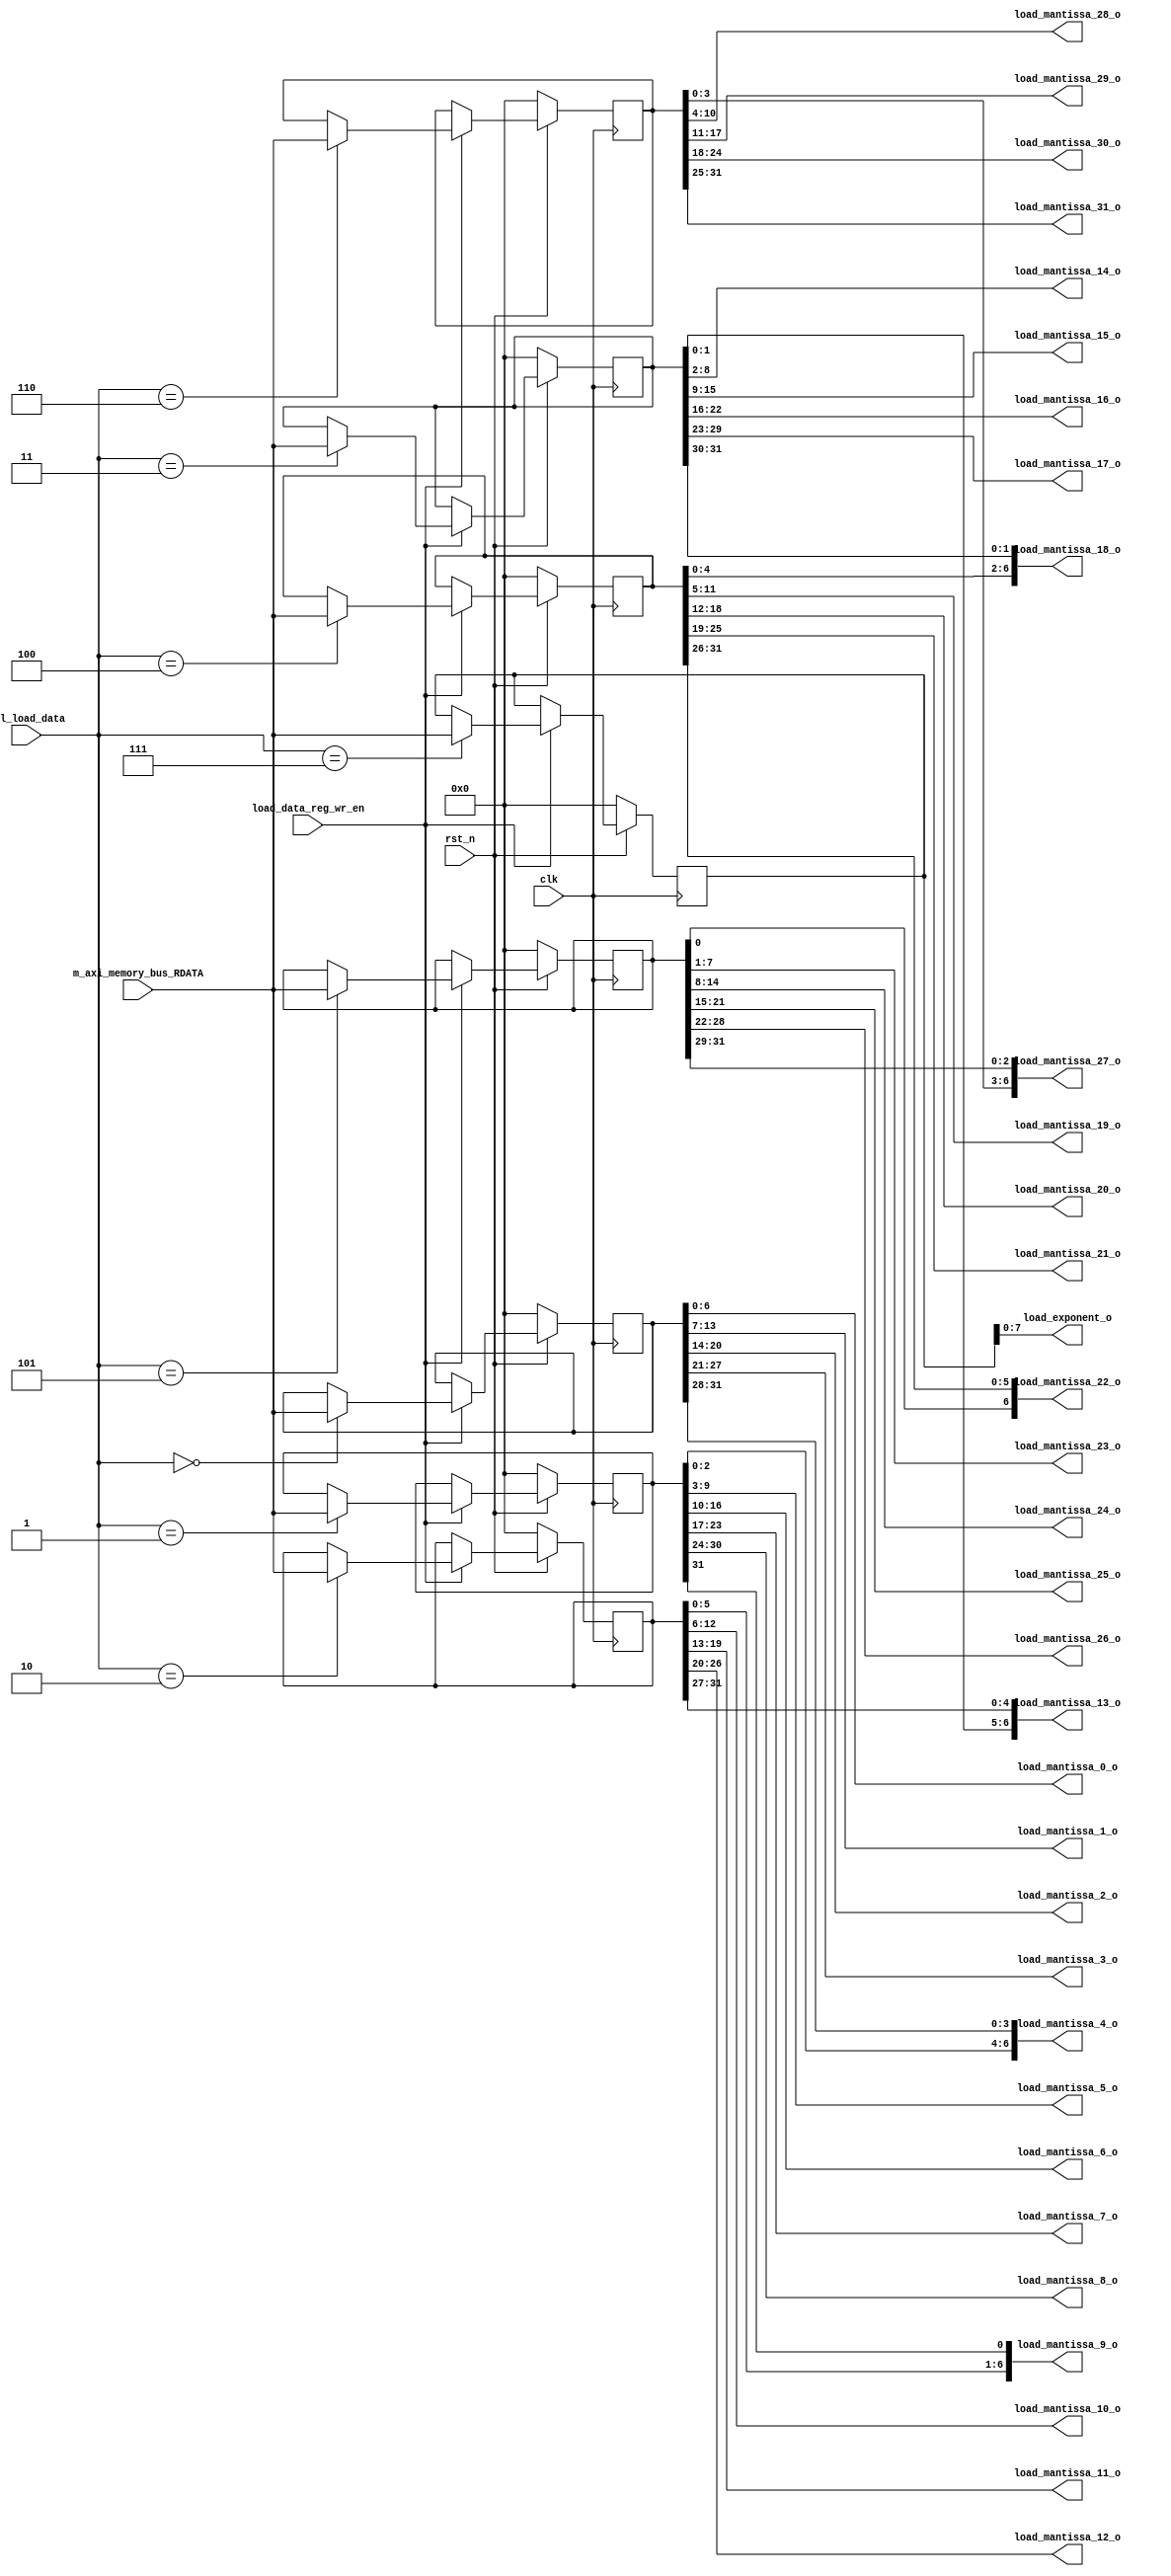
`timescale 1ns / 1ps
//////////////////////////////////////////////////////////////////////////////////
// 
// Design Name: 
// Module Name: Load
// Project Name: 
// Target Devices: 
// Tool Versions: 
// Description: 
// 
// Dependencies: 
// 
// Revision:
// Revision 0.01 - File Created
// Additional Comments:
// 
//////////////////////////////////////////////////////////////////////////////////


module Load
#(
  parameter AXI_WIDTH_USER =1,              // Master ID
  parameter AXI_WIDTH_ID   =4,              // ID width in bits
  parameter AXI_WIDTH_AD   =32,             // address width
  parameter AXI_WIDTH_DA   =32,             // data width
  parameter AXI_WIDTH_DS =(AXI_WIDTH_DA/8), // data strobe width
  parameter AXI_LITE_WIDTH_AD   =32,        // axi lite address width
  parameter AXI_LITE_WIDTH_DA   =32,        // axi lite data width
  parameter AXI_LITE_WIDTH_DS =(AXI_LITE_WIDTH_DA/8), // data strobe width
  
  parameter QUNATIZED_MANTISSA_WIDTH = 7,
  parameter EXPONENT_WIDTH = 8
  
)
(
  input  wire clk, rst_n,
  input  wire load_data_reg_wr_en,
  input  wire [2:0] sel_load_data,
  //AXI Master Read=============================================================================
  input  wire [AXI_WIDTH_DA-1:0]      m_axi_memory_bus_RDATA, //Read data.


  //Load Out==================================================================================
  output  wire [QUNATIZED_MANTISSA_WIDTH-1:0] 
               load_mantissa_0_o,  load_mantissa_1_o,  load_mantissa_2_o,  load_mantissa_3_o,
               load_mantissa_4_o,  load_mantissa_5_o,  load_mantissa_6_o,  load_mantissa_7_o,
               load_mantissa_8_o,  load_mantissa_9_o,  load_mantissa_10_o, load_mantissa_11_o,
               load_mantissa_12_o, load_mantissa_13_o, load_mantissa_14_o, load_mantissa_15_o,
               load_mantissa_16_o, load_mantissa_17_o, load_mantissa_18_o, load_mantissa_19_o,
               load_mantissa_20_o, load_mantissa_21_o, load_mantissa_22_o, load_mantissa_23_o,
               load_mantissa_24_o, load_mantissa_25_o, load_mantissa_26_o, load_mantissa_27_o,
               load_mantissa_28_o, load_mantissa_29_o, load_mantissa_30_o, load_mantissa_31_o,
  output  wire [EXPONENT_WIDTH-1:0] load_exponent_o
);

  reg [31:0] axi_activation_brodcaster [7:0];

  always @(posedge clk)
  begin
    if(rst_n==1'b0)
    begin
      axi_activation_brodcaster[0] <= 'd0;
      axi_activation_brodcaster[1] <= 'd0;
      axi_activation_brodcaster[2] <= 'd0;
      axi_activation_brodcaster[3] <= 'd0;
      axi_activation_brodcaster[4] <= 'd0;
      axi_activation_brodcaster[5] <= 'd0;
      axi_activation_brodcaster[6] <= 'd0;
      axi_activation_brodcaster[7] <= 'd0;
    end
    else
    begin
      if(load_data_reg_wr_en)
        case(sel_load_data)
          3'b000 : axi_activation_brodcaster[0] <= m_axi_memory_bus_RDATA;
          3'b001 : axi_activation_brodcaster[1] <= m_axi_memory_bus_RDATA;
          3'b010 : axi_activation_brodcaster[2] <= m_axi_memory_bus_RDATA;
          3'b011 : axi_activation_brodcaster[3] <= m_axi_memory_bus_RDATA;
          3'b100 : axi_activation_brodcaster[4] <= m_axi_memory_bus_RDATA;
          3'b101 : axi_activation_brodcaster[5] <= m_axi_memory_bus_RDATA;
          3'b110 : axi_activation_brodcaster[6] <= m_axi_memory_bus_RDATA;
          3'b111 : axi_activation_brodcaster[7] <= m_axi_memory_bus_RDATA;
        endcase
    end
  end


  assign{load_mantissa_31_o, load_mantissa_30_o, load_mantissa_29_o, load_mantissa_28_o,
        load_mantissa_27_o, load_mantissa_26_o, load_mantissa_25_o, load_mantissa_24_o,
        load_mantissa_23_o, load_mantissa_22_o, load_mantissa_21_o, load_mantissa_20_o,
        load_mantissa_19_o, load_mantissa_18_o, load_mantissa_17_o, load_mantissa_16_o,
        load_mantissa_15_o, load_mantissa_14_o, load_mantissa_13_o, load_mantissa_12_o,
        load_mantissa_11_o, load_mantissa_10_o, load_mantissa_9_o,  load_mantissa_8_o,
        load_mantissa_7_o,  load_mantissa_6_o,  load_mantissa_5_o,  load_mantissa_4_o,
        load_mantissa_3_o,  load_mantissa_2_o,  load_mantissa_1_o,  load_mantissa_0_o}
        = {axi_activation_brodcaster[6], axi_activation_brodcaster[5], axi_activation_brodcaster[4], axi_activation_brodcaster[3], 
          axi_activation_brodcaster[2], axi_activation_brodcaster[1], axi_activation_brodcaster[0]};

  assign load_exponent_o = axi_activation_brodcaster[7];

endmodule